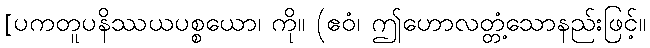
[ပကတူပနိဿယပစ္စယော၊ ကို။ (ဧဝံ၊ ဤဟောလတ္တံ့သောနည်းဖြင့်။